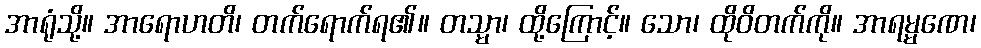
အာရုံသို့။ အာရောဟတိ၊ တက်ရောက်ရ၏။ တသ္မာ၊ ထို့ကြောင့်။ သော၊ ထိုဝိတက်ကို။ အာရမ္မဏေ၊